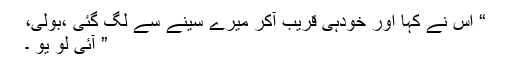
“ اس نے کہا اور خودہی قریب آکر میرے سینے سے لگ گئی ،بولی،
” آئی لو یو ۔